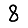
Digit: 8